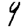
Digit: 9